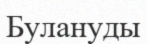
Булануды